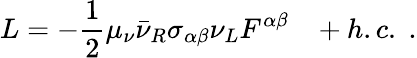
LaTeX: L=-\frac{1}{2}\mu_{\nu}\bar{\nu}_{R}\sigma_{\alpha\beta}\nu_{L}F^{\alpha\beta}\; \; \; +h.c.\; .